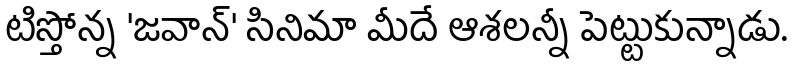
టిస్తోన్న 'జవాన్' సినిమా మీదే ఆశలన్నీ పెట్టుకున్నాడు.